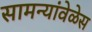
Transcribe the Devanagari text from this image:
सामन्यांवेळेस